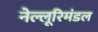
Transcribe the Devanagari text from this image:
नेल्लूरिमंडल